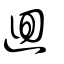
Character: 廻